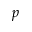
p